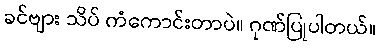
ခင်ဗျား သိပ် ကံကောင်းတာပဲ။ ဂုဏ်ပြုပါတယ်။